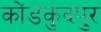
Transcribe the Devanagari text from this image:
कोंडकुंदपुर